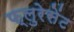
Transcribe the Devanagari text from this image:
फ्लुरेसेंट